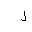
Letter: _lam